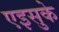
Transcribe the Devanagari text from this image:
एइसुके